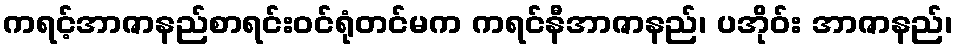
ကရင့်အာဇာနည်စာရင်းဝင်ရုံတင်မက ကရင်နီအာဇာနည်၊ ပအိုဝ်း အာဇာနည်၊